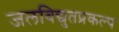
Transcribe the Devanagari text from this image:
जलविद्युतप्रकल्प